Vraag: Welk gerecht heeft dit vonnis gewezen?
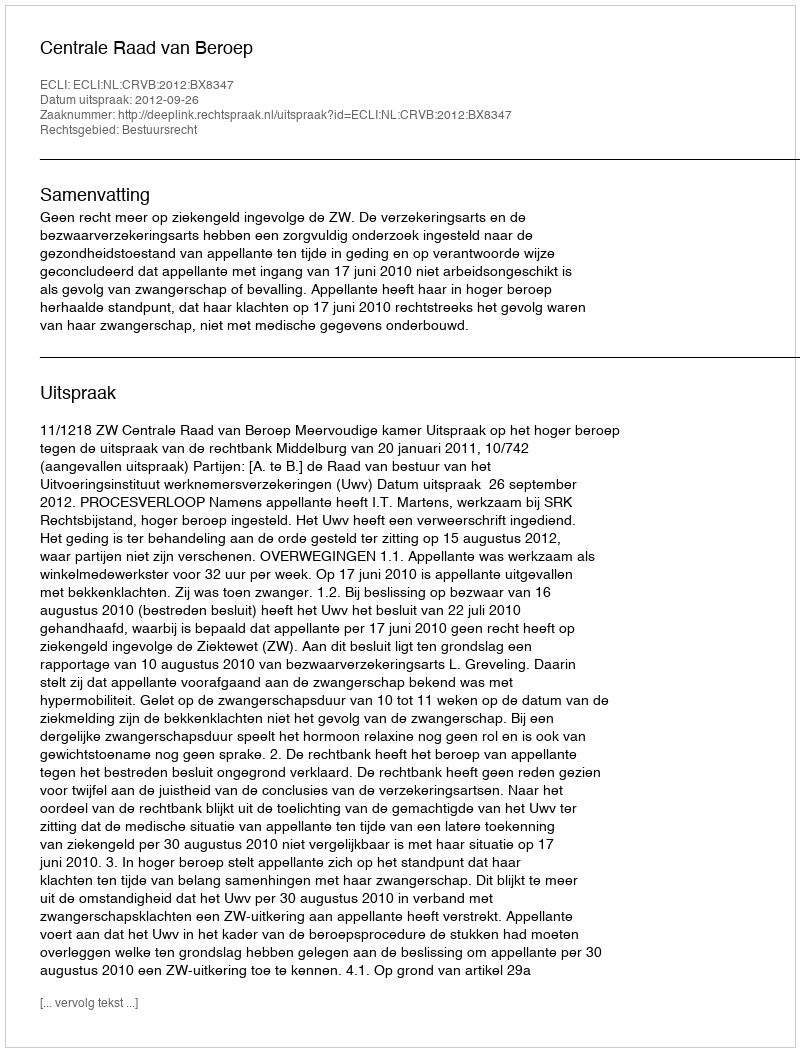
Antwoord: Centrale Raad van Beroep